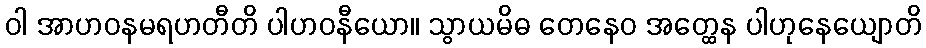
ဝါ အာဟဝနမရဟတီတိ ပါဟဝနီယော။ သွာယမိဓ တေနေဝ အတ္ထေန ပါဟုနေယျောတိ